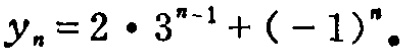
\(y_{n}=2\cdot 3^{n - 1}+(-1)^{n}\)